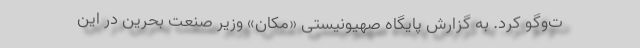
ت‌و‌گو کرد. به گزارش پایگاه صهیونیستی «مکان» وزیر صنعت بحرین در این